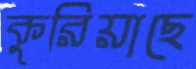
কুরিয়াছে